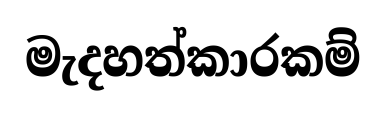
මැදහත්කාරකම්